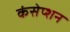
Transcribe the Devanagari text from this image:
कंसेप्शन